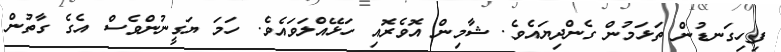
ފިހިގަނޑުން ތަޅަމުން ގެންދިޔައެވެ. ޝާމިން އޮވެރޮއި ހަޅޭއްލަވައެވެ. ހަމަ ޔަގީނުންވެސް އެގެ ގާތުން